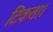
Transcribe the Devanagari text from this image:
टिकता।